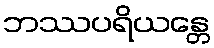
ဘဿပရိယန္တေ